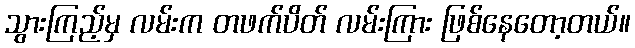
သွားကြည့်မှ လမ်းက တဖက်ပိတ် လမ်းကြား ဖြစ်နေတော့တယ်။